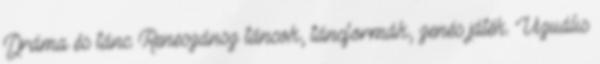
Dráma és tánc: Reneszánsz táncok, táncformák, zenés játék. Vizuális